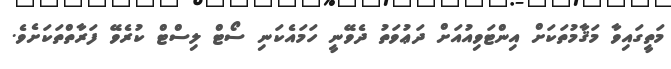
މަތީގައިވާ މަޤާމުތަކަށް އިންޓަވިއުއަށް ދަޢުވަތު ދެވޭނީ ހަމައެކަނި ސޯޓް ލިސްޓް ކުރެވޭ ފަރާތްތަކަށެވެ.